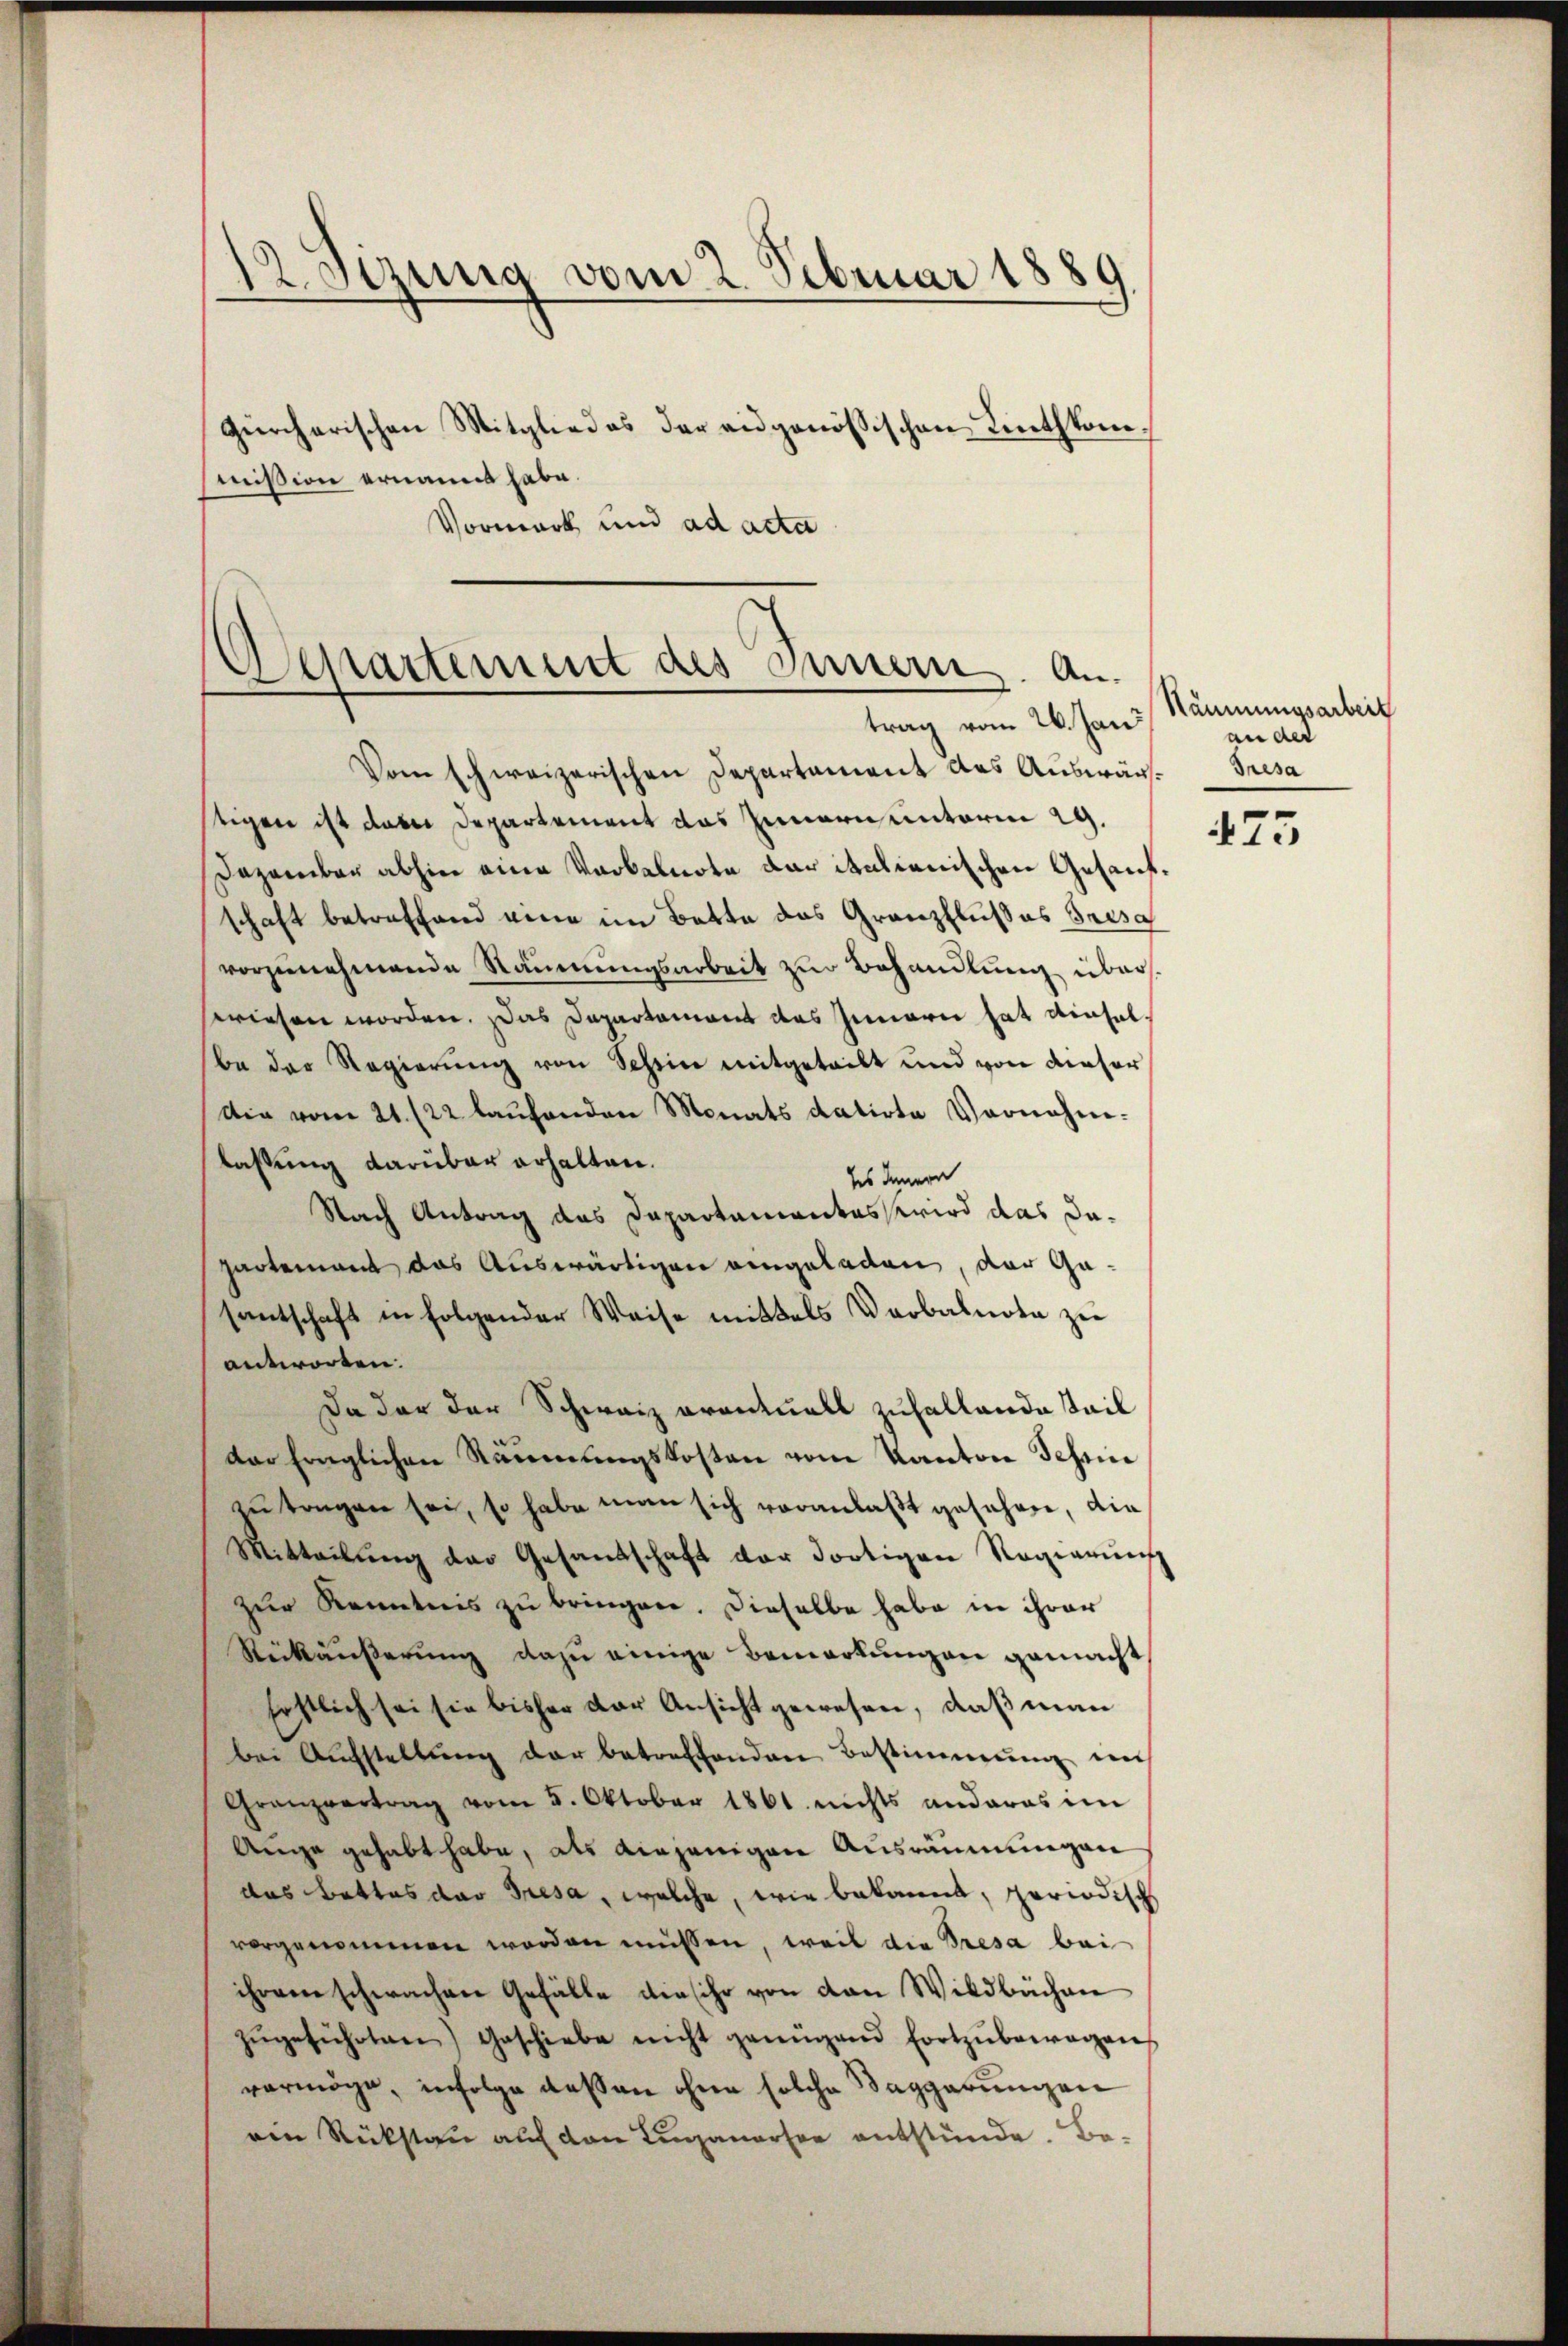
12 Sezung vom 2. Februar 1889
gürcherischen Mitglied es der eidgenössischen Linthkommission ernannt habe.

Departement des Innern. Antrag vom 26. Jan

Vormark und ad acta

Vom schweizerischen Departament das Auswär-Gresa
tigen ist das Departement das Innern unterm 29.
Dezember abhin eine Verbalnote der italienischen Gesanfschaft betreffend eine im Bette das Granzflußes Grisa
vorzunehmende Räumungsarbeit zur Behandlung überwiesen worden. Das Departament des Innern hat einhelbe der Regierŭng von Schein mitgeteilt und von dieser
tia vom 21. 22 laŭfenden Monats datirte Vornahm-
lassung darüber erhalten.
des Innern
Nach Antrag das Dapartementes wird das dapartement das Auswärtigen eingeladen, der Gasantschaft in folgender Weise mittels Verbalnote zu
antworten.
Da der der Schweiz orantuell zufallende Teil
dar fraglichen Räumungskosten vom Kanton Schrie
zutragen sei, so habe man sich veranlaßt gesehen, die
Mitteilŭng der Gesandschaft der dortigen Regierung
zur Kenntnis zu bringen. Dieselbe habe in ihrer
Rückäußerung dazu einige Bemerkungen gemacht
hostlich sei sie bisher der Ansicht gewesen, daß man
bei Aufstellung der betreffenden Bestimmung mus
Granzvertrag vom 5. Oktober 1861. nichts anderes im
Auge gehabt habe, als diejenigen Ausräumungen
das Battas der Tresa, welche, wie bekannt, periodisch
vorgenommen worden müssen, weil die Tresa bei
ihrem schwachen Gefälle die sehr von den Wildbachen
zŭgeführten) geschiebe nicht genügend fortzŭbewogen
vermöge, infolge dessen ohne solche Saggarungen
ein Rückstau auf den Luganorsee entstünde. Be¬

Räumungsarbeit
an der

475